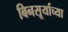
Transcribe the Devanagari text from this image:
बिनसूर्याच्या